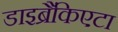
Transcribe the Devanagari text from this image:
डाइब्रैंकिएटा